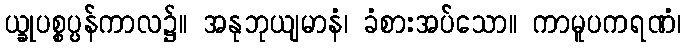
ယ္ခုပစ္စပ္ပန်ကာလ၌။ အနုဘုယျမာနံ၊ ခံစားအပ်သော။ ကာမူပကရဏံ၊